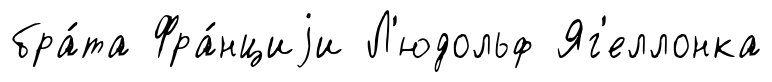
бра́та Фра́нциjи Л'юдольф Яг'еллонка